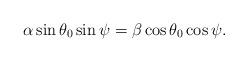
LaTeX: \begin{align*}\alpha\sin\theta_0\sin\psi = \beta\cos\theta_0\cos\psi.\end{align*}